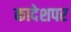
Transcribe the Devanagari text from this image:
कादेशपर